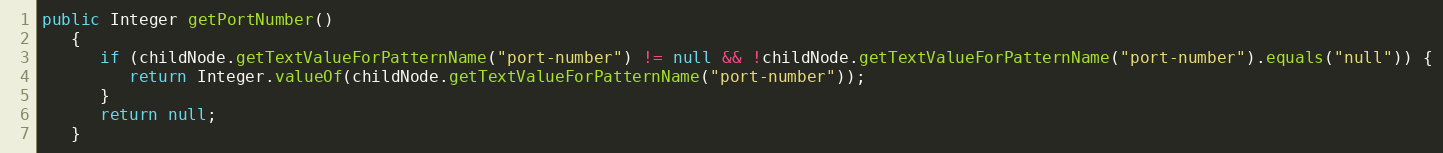
Language: Java
public Integer getPortNumber()
   {
      if (childNode.getTextValueForPatternName("port-number") != null && !childNode.getTextValueForPatternName("port-number").equals("null")) {
         return Integer.valueOf(childNode.getTextValueForPatternName("port-number"));
      }
      return null;
   }